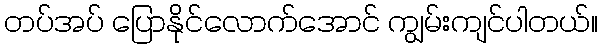
တပ်အပ် ပြောနိုင်လောက်အောင် ကျွမ်းကျင်ပါတယ်။